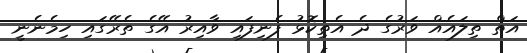
އަތް ތިލައެއް ވަރުގެ ދެ އެތިކޮޅު ފެނިފައި ވާއިރު އޭގެ ތެރޭގައި ހިމެނެނީ